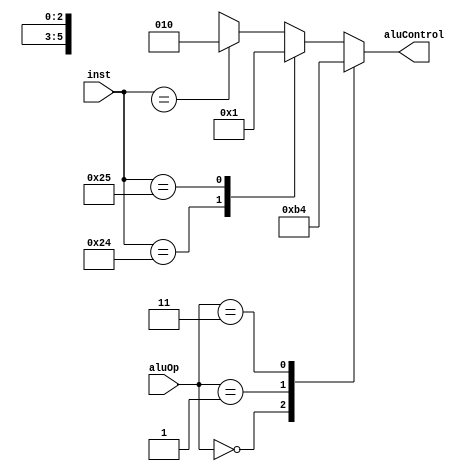
`timescale 1ns/1ns
module aluControl(
    input [5:0]inst, 
    input [1:0]aluOp,
    output reg [2:0] aluControl
    );
always@(*) 
    begin
    case(aluOp)
        2'b00: aluControl = 3'b010; // +
        2'b01: aluControl = 3'b110; // -
        2'b11: aluControl = 3'b100; // - Especifico para bnq
        default: casez(inst)
            6'b100100: aluControl = 3'b000;  // AND
            6'b100101: aluControl = 3'b001;  // OR
            6'bxxxxxx: aluControl = 3'b010;  // +
            6'bxxxxxx: aluControl = 3'b110;  // - 
            6'b100111: aluControl = 3'b011;  // NOR
            6'b100110: aluControl = 3'b111;  // XOR
            6'b100000: aluControl = 3'b010;  // +2
            6'b100010: aluControl = 3'b110;  // -2
        endcase
    endcase
    end
endmodule